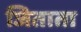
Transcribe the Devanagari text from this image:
जिताता